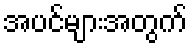
အပင်များအတွက်